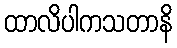
ထာလိပါကသတာနိ